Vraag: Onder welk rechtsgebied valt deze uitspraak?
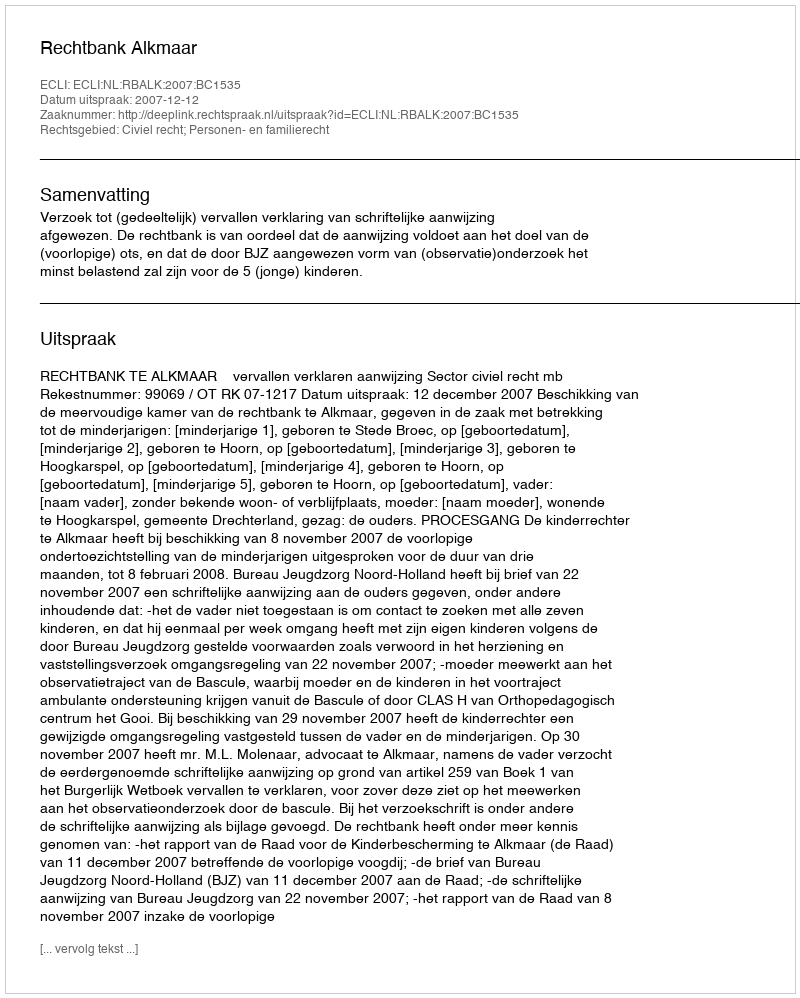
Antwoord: Civiel recht; Personen- en familierecht